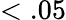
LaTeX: <.05